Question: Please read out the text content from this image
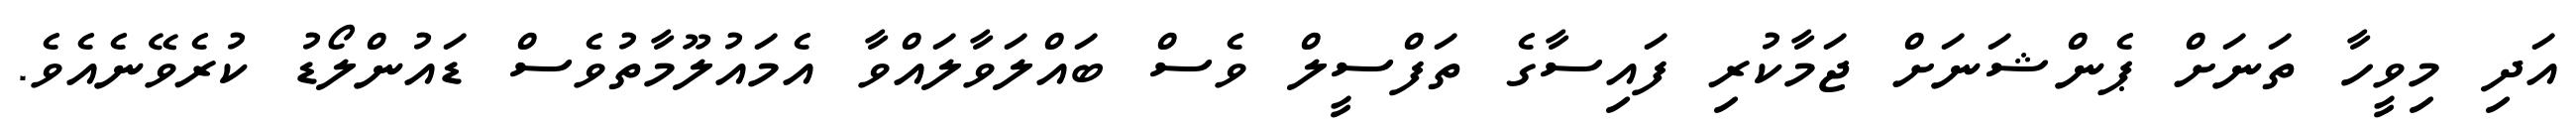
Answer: އަދި މިވީހާ ތަނަށް ޕެންޝަނަށް ޖަމާކުރި ފައިސާގެ ތަފްސީލް ވެސް ބައްލަވާލައްވާ އެމައުލޫމާތުވެސް ޑައުންލޯޑު ކުރެވޭނެއެވެ.